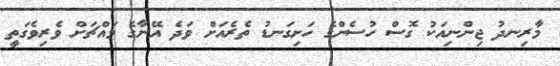
މާރިނދު ޖިންނިއަކު ގޮސް ހުސެންގެ ހަށިގަނޑު ތެރެއަށް ވަދެ އޭނާގެ މައްޗަށް ވެރިވެގަތީ